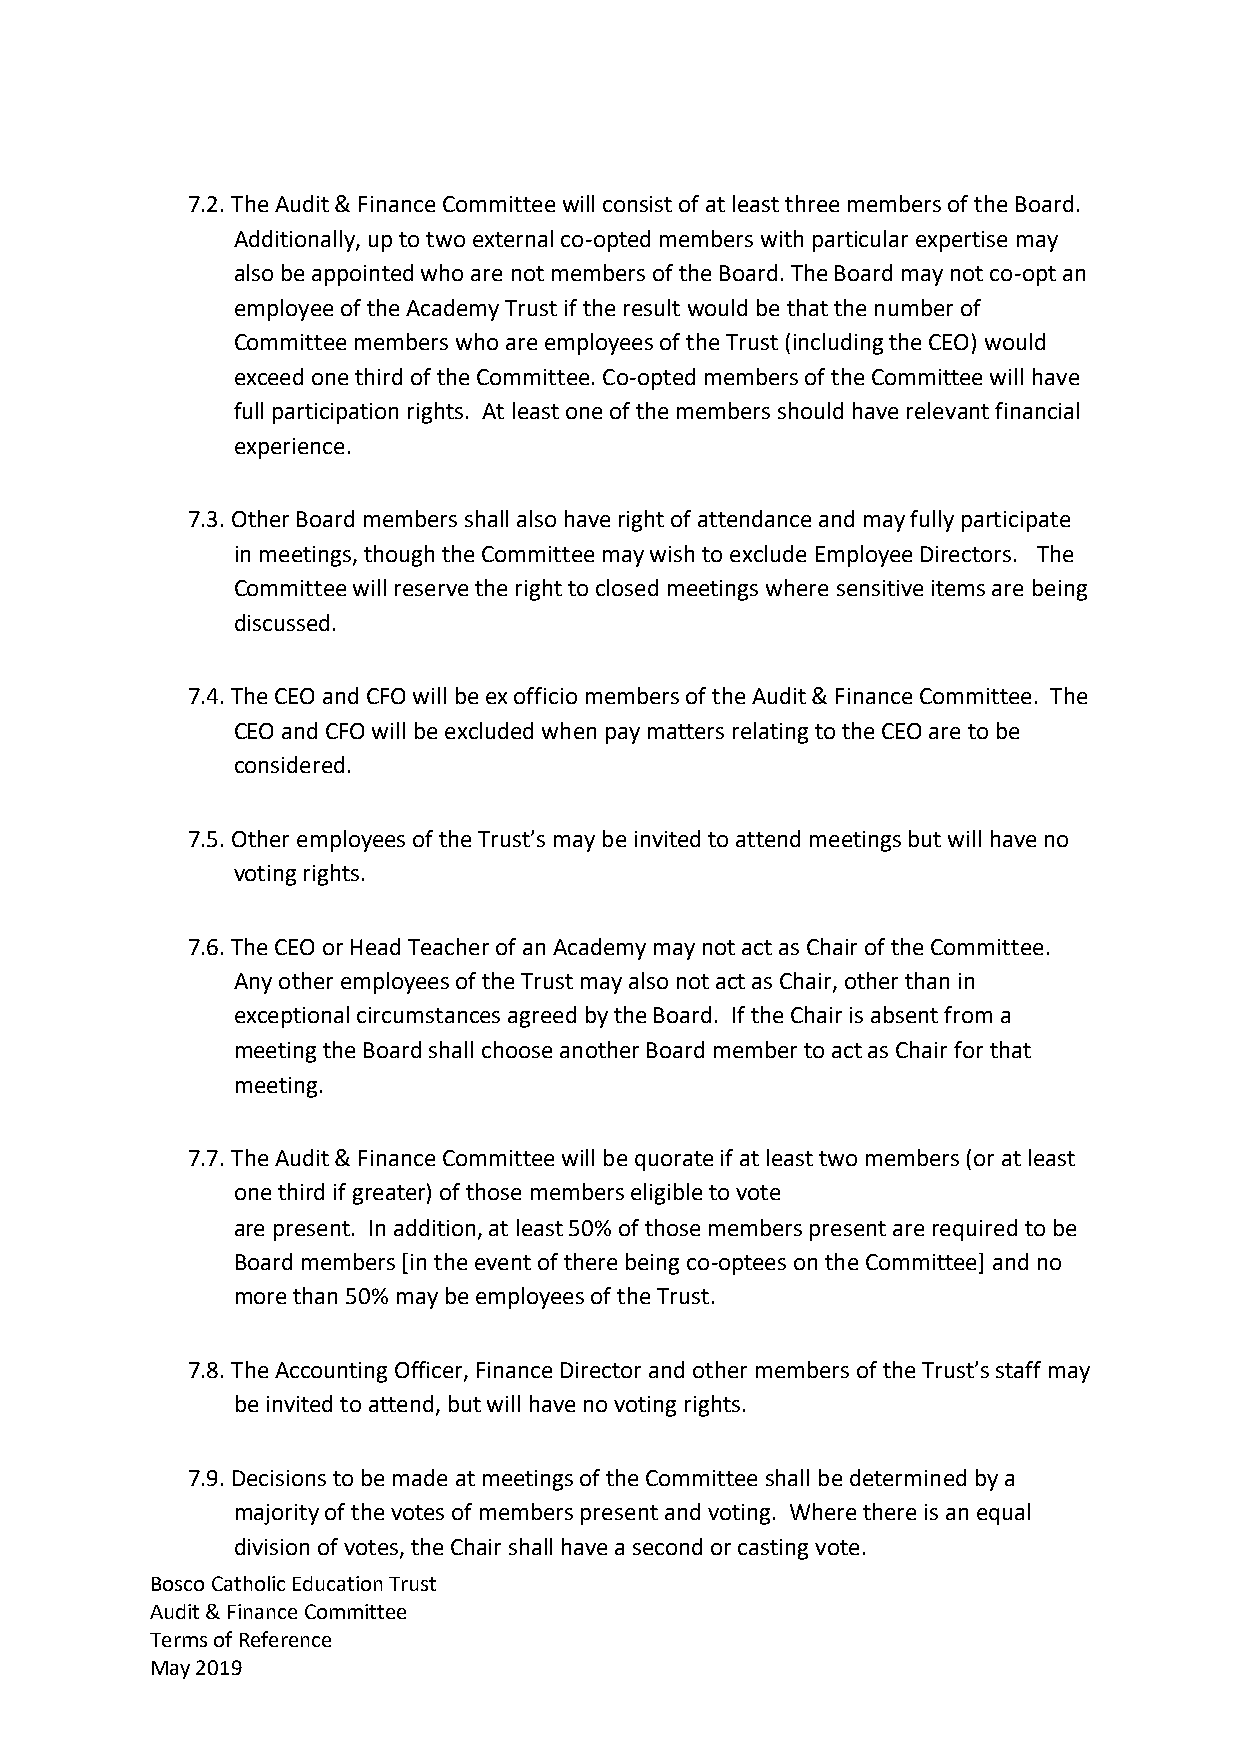
7.2. The Audit & Finance Committee will consist of at least three members of the Board.
 Additionally, up to two external co-opted members with particular expertise may
 also be appointed who are not members of the Board. The Board may not co-opt an
 employee of the Academy Trust if the result would be that the number of
 Committee members who are employees of the Trust (including the CEO) would
 exceed one third of the Committee. Co-opted members of the Committee will have
 full participation rights. At least one of the members should have relevant financial
 experience.
 7.3. Other Board members shall also have right of attendance and may fully participate
 in meetings, though the Committee may wish to exclude Employee Directors. The
 Committee will reserve the right to closed meetings where sensitive items are being
 discussed.
 7.4. The CEO and CFO will be ex officio members of the Audit & Finance Committee. The
 CEO and CFO will be excluded when pay matters relating to the CEO are to be
 considered.
 7.5. Other employees of the Trust’s may be invited to attend meetings but will have no
 voting rights.
 7.6. The CEO or Head Teacher of an Academy may not act as Chair of the Committee.
 Any other employees of the Trust may also not act as Chair, other than in
 exceptional circumstances agreed by the Board. If the Chair is absent from a
 meeting the Board shall choose another Board member to act as Chair for that
 meeting.
 7.7. The Audit & Finance Committee will be quorate if at least two members (or at least
 one third if greater) of those members eligible to vote
 are present. In addition, at least 50% of those members present are required to be
 Board members [in the event of there being co-optees on the Committee] and no
 more than 50% may be employees of the Trust.
 7.8. The Accounting Officer, Finance Director and other members of the Trust’s staff may
 be invited to attend, but will have no voting rights.
 7.9. Decisions to be made at meetings of the Committee shall be determined by a
 majority of the votes of members present and voting. Where there is an equal
 division of votes, the Chair shall have a second or casting vote.
 Bosco Catholic Education Trust
 Audit & Finance Committee
 Terms of Reference
 May 2019